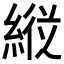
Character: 𦂵